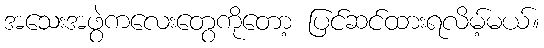
အသေးအဖွဲကလေးတွေကိုတော့ ပြင်ဆင်ထားရလိမ့်မယ်။